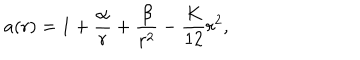
a ( r ) = 1 + \frac { \alpha } { r } + \frac { \beta } { r ^ { 2 } } - \frac { K } { 1 2 } r ^ { 2 } ,